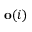
\mathbf { o } ( i )